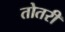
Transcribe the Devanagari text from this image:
तोतरी